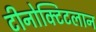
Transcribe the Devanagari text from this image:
टीनोक्टिटलान